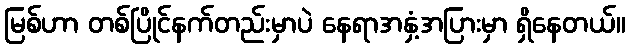
မြစ်ဟာ တစ်ပြိုင်နက်တည်းမှာပဲ နေရာအနှံ့အပြားမှာ ရှိနေတယ်။